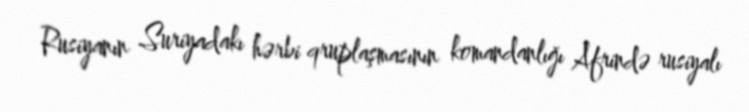
Rusiyanın Suriyadakı hərbi qruplaşmasının komandanlığı Afrində rusiyalı